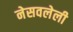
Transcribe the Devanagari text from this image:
नेसवलेली